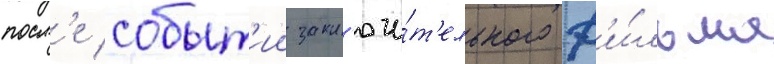
посл'е событ'ии закл'ючи́т'ельного ф'и́льма